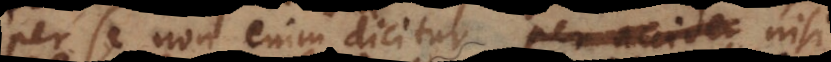
per se non enim dicitur per acciden nisi